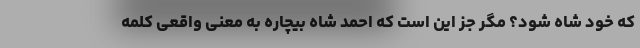
که خود شاه شود؟ مگر جز این است که احمد شاه بیچاره به معنی واقعی کلمه